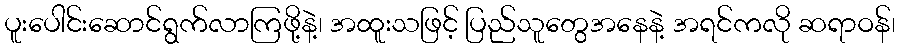
ပူးပေါင်းဆောင်ရွက်လာကြဖို့နဲ့၊ အထူးသဖြင့် ပြည်သူတွေအနေနဲ့ အရင်ကလို ဆရာဝန်၊